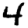
Digit: 4